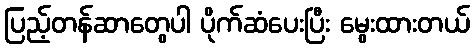
ပြည့်တန်ဆာတွေပါ ပိုက်ဆံပေးပြီး မွေးထားတယ်